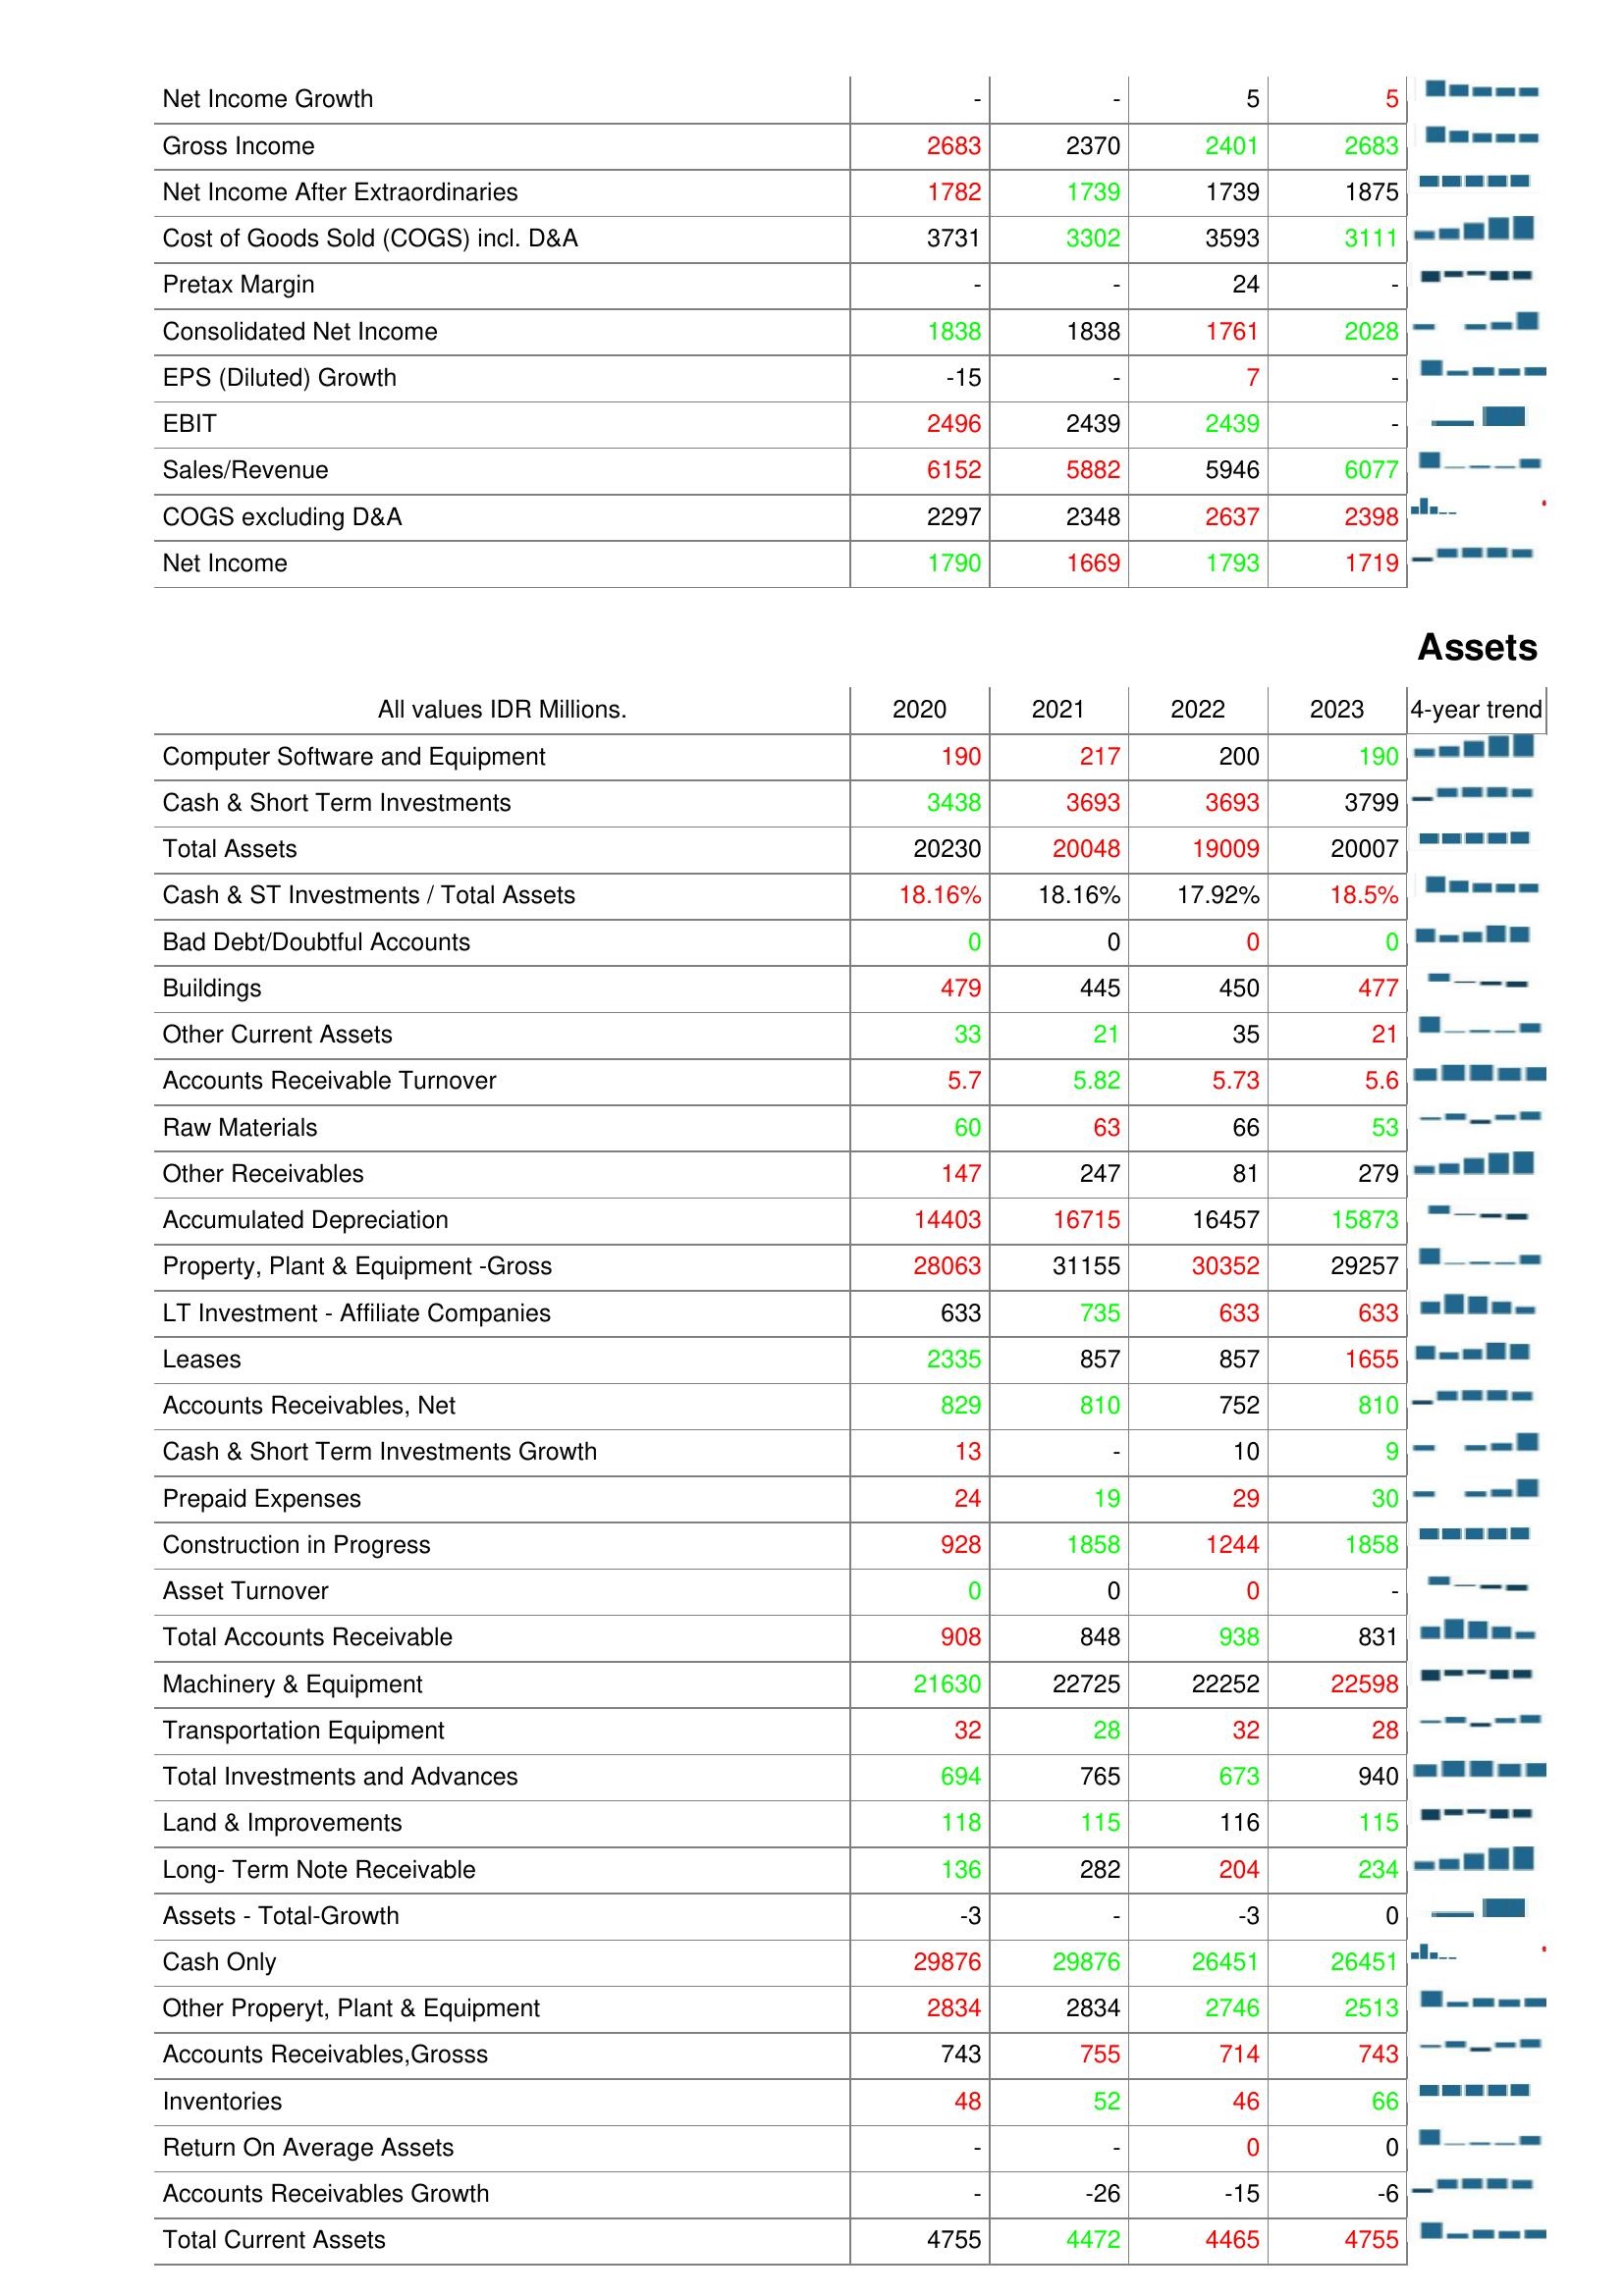
2020: : Net Income Growth: -
Gross Income: 2683
Net Income After Extraordinaries: 1782
Cost of Goods Sold (COGS) incl. D&A: 3731
Pretax Margin: -
Consolidated Net Income: 1838
EPS (Diluted) Growth: -15
EBIT: 2496
Sales/Revenue: 6152
COGS excluding D&A: 2297
Net Income: 1790
Assets: Computer Software and Equipment: 190
Cash & Short Term Investments: 3438
Total Assets: 20230
Cash & ST Investments / Total Assets: 18.16%
Bad Debt/Doubtful Accounts: 0
Buildings: 479
Other Current Assets: 33
Accounts Receivable Turnover: 5.7
Raw Materials: 60
Other Receivables: 147
Accumulated Depreciation: 14403
Property, Plant & Equipment -Gross: 28063
LT Investment - Affiliate Companies: 633
Leases: 2335
Accounts Receivables, Net: 829
Cash & Short Term Investments Growth: 13
Prepaid Expenses: 24
Construction in Progress: 928
Asset Turnover: 0
Total Accounts Receivable: 908
Machinery & Equipment: 21630
Transportation Equipment: 32
Total Investments and Advances: 694
Land & Improvements: 118
Long- Term Note Receivable: 136
Assets - Total-Growth: -3
Cash Only: 29876
Other Properyt, Plant & Equipment: 2834
Accounts Receivables,Grosss: 743
Inventories: 48
Return On Average Assets: -
Accounts Receivables Growth: -
Total Current Assets: 4755
2021: : Net Income Growth: -
Gross Income: 2370
Net Income After Extraordinaries: 1739
Cost of Goods Sold (COGS) incl. D&A: 3302
Pretax Margin: -
Consolidated Net Income: 1838
EPS (Diluted) Growth: -
EBIT: 2439
Sales/Revenue: 5882
COGS excluding D&A: 2348
Net Income: 1669
Assets: Computer Software and Equipment: 217
Cash & Short Term Investments: 3693
Total Assets: 20048
Cash & ST Investments / Total Assets: 18.16%
Bad Debt/Doubtful Accounts: 0
Buildings: 445
Other Current Assets: 21
Accounts Receivable Turnover: 5.82
Raw Materials: 63
Other Receivables: 247
Accumulated Depreciation: 16715
Property, Plant & Equipment -Gross: 31155
LT Investment - Affiliate Companies: 735
Leases: 857
Accounts Receivables, Net: 810
Cash & Short Term Investments Growth: -
Prepaid Expenses: 19
Construction in Progress: 1858
Asset Turnover: 0
Total Accounts Receivable: 848
Machinery & Equipment: 22725
Transportation Equipment: 28
Total Investments and Advances: 765
Land & Improvements: 115
Long- Term Note Receivable: 282
Assets - Total-Growth: -
Cash Only: 29876
Other Properyt, Plant & Equipment: 2834
Accounts Receivables,Grosss: 755
Inventories: 52
Return On Average Assets: -
Accounts Receivables Growth: -26
Total Current Assets: 4472
2022: : Net Income Growth: 5
Gross Income: 2401
Net Income After Extraordinaries: 1739
Cost of Goods Sold (COGS) incl. D&A: 3593
Pretax Margin: 24
Consolidated Net Income: 1761
EPS (Diluted) Growth: 7
EBIT: 2439
Sales/Revenue: 5946
COGS excluding D&A: 2637
Net Income: 1793
Assets: Computer Software and Equipment: 200
Cash & Short Term Investments: 3693
Total Assets: 19009
Cash & ST Investments / Total Assets: 17.92%
Bad Debt/Doubtful Accounts: 0
Buildings: 450
Other Current Assets: 35
Accounts Receivable Turnover: 5.73
Raw Materials: 66
Other Receivables: 81
Accumulated Depreciation: 16457
Property, Plant & Equipment -Gross: 30352
LT Investment - Affiliate Companies: 633
Leases: 857
Accounts Receivables, Net: 752
Cash & Short Term Investments Growth: 10
Prepaid Expenses: 29
Construction in Progress: 1244
Asset Turnover: 0
Total Accounts Receivable: 938
Machinery & Equipment: 22252
Transportation Equipment: 32
Total Investments and Advances: 673
Land & Improvements: 116
Long- Term Note Receivable: 204
Assets - Total-Growth: -3
Cash Only: 26451
Other Properyt, Plant & Equipment: 2746
Accounts Receivables,Grosss: 714
Inventories: 46
Return On Average Assets: 0
Accounts Receivables Growth: -15
Total Current Assets: 4465
2023: : Net Income Growth: 5
Gross Income: 2683
Net Income After Extraordinaries: 1875
Cost of Goods Sold (COGS) incl. D&A: 3111
Pretax Margin: -
Consolidated Net Income: 2028
EPS (Diluted) Growth: -
EBIT: -
Sales/Revenue: 6077
COGS excluding D&A: 2398
Net Income: 1719
Assets: Computer Software and Equipment: 190
Cash & Short Term Investments: 3799
Total Assets: 20007
Cash & ST Investments / Total Assets: 18.5%
Bad Debt/Doubtful Accounts: 0
Buildings: 477
Other Current Assets: 21
Accounts Receivable Turnover: 5.6
Raw Materials: 53
Other Receivables: 279
Accumulated Depreciation: 15873
Property, Plant & Equipment -Gross: 29257
LT Investment - Affiliate Companies: 633
Leases: 1655
Accounts Receivables, Net: 810
Cash & Short Term Investments Growth: 9
Prepaid Expenses: 30
Construction in Progress: 1858
Asset Turnover: -
Total Accounts Receivable: 831
Machinery & Equipment: 22598
Transportation Equipment: 28
Total Investments and Advances: 940
Land & Improvements: 115
Long- Term Note Receivable: 234
Assets - Total-Growth: 0
Cash Only: 26451
Other Properyt, Plant & Equipment: 2513
Accounts Receivables,Grosss: 743
Inventories: 66
Return On Average Assets: 0
Accounts Receivables Growth: -6
Total Current Assets: 4755